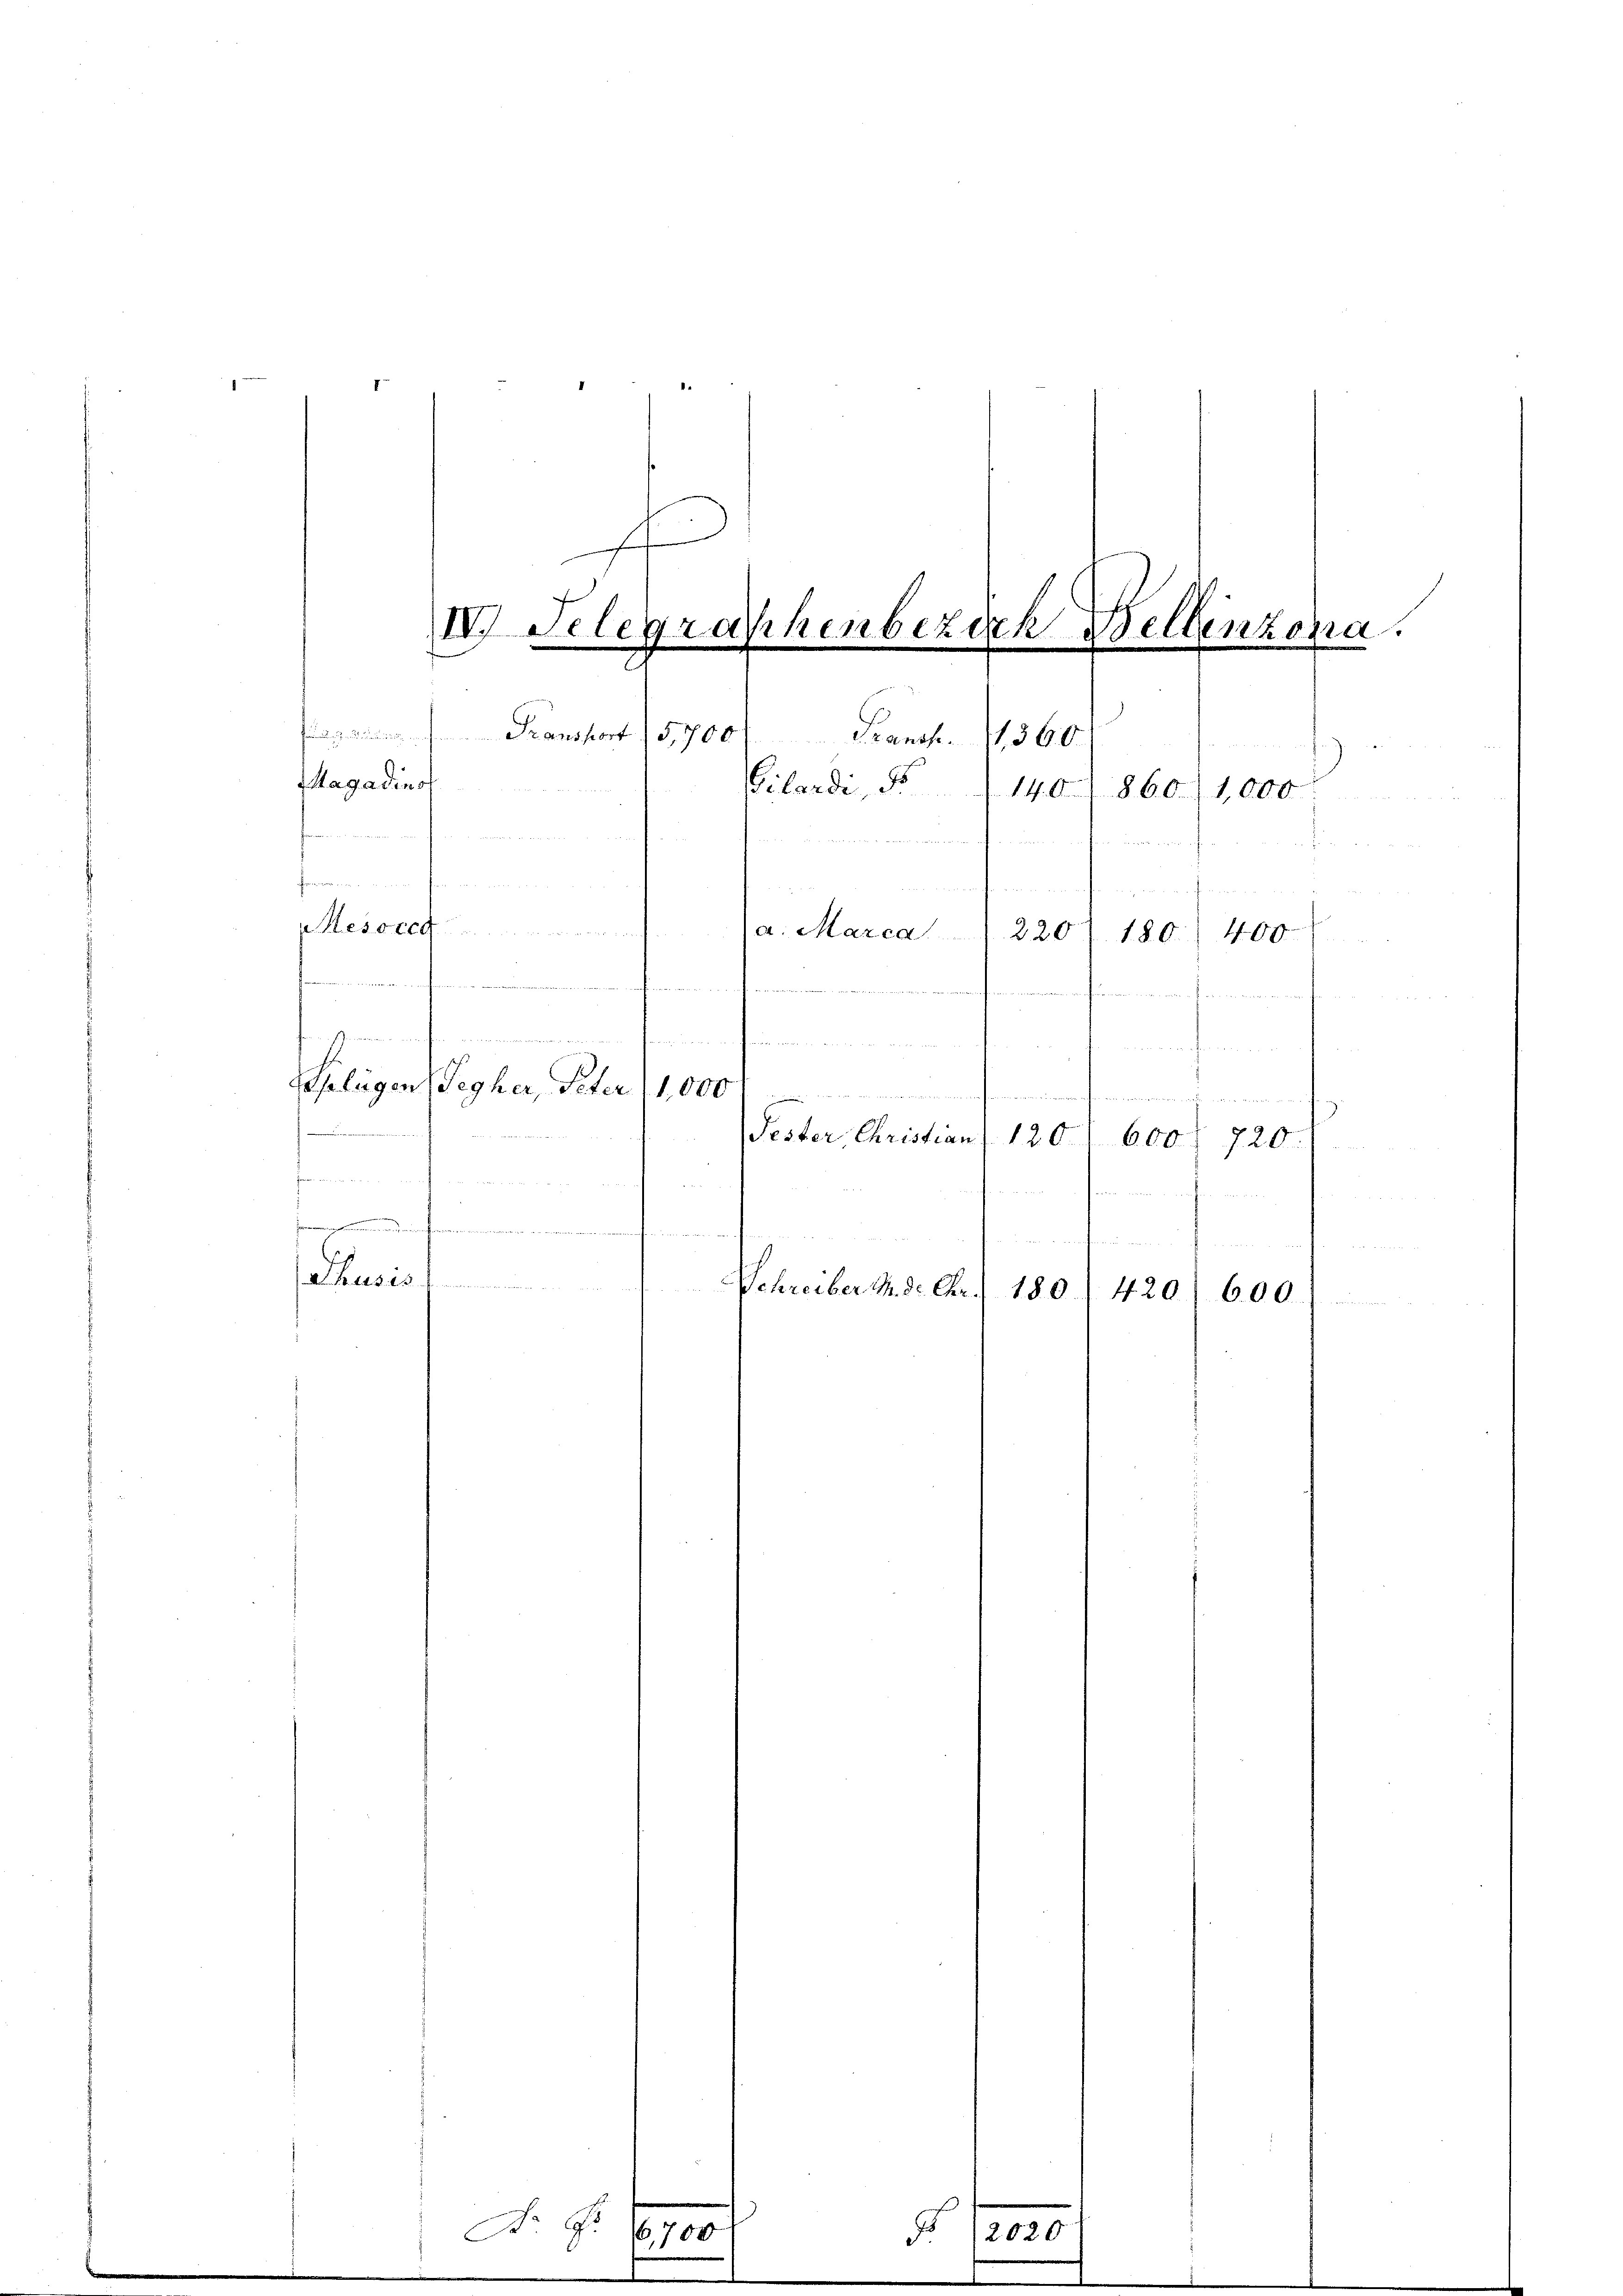
IV) Telegraphenberich Bellinzona.
m
a. Fransport 5,700
Francs.
1360.
Magadins
Gilardi, No 140. 1860. 1000
u

t

esorg
a. Marca 220
180. 400
 ....................

e
d
.
flügen (Gegher, Peter, 11,000
nanferen d.
Fester Christian 120 600. 720

fen wer
nden ferner ein
 amen au
hass
Schreiber M. D. Chr.) 180. 420.

f

A.

6,700

No. 12000.

600.

e